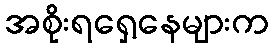
အစိုးရရှေ့နေများက